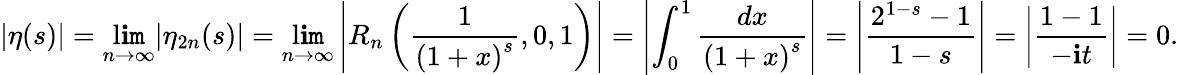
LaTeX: |\eta(s)|=\operatorname*{l\mathbf{i}\mathtt{m}}_{n\to\infty}|\eta_{2n}(s)|=\operatorname*{l\mathbf{i}\mathtt{m}}_{n\to\infty}\left|R_{n}\left({\frac{{1}}{{{(1+x)}^{s}}}},0,1\right)\right|=\left|\int_{0}^{1}{\frac{{dx}}{{{(1+x)}^{s}}}}\right|=\left|{\frac{{2^{1-s}-1}}{{1-s}}}\right|=\left|{\frac{{1-1}}{{-\mathbf{i}t}}}\right|=0.